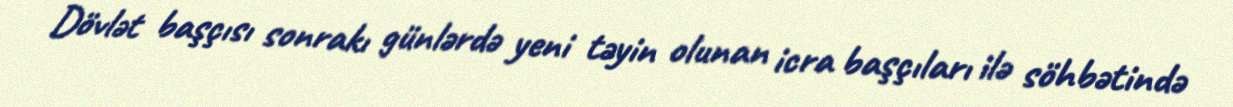
Dövlət başçısı sonrakı günlərdə yeni təyin olunan icra başçıları ilə söhbətində